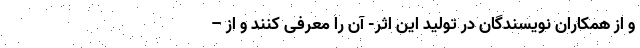
و از همکاران نویسندگان در تولید این اثر- آن را معرفی کنند و از –